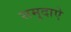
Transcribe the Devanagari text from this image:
समुदाऐ